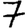
Digit: 7